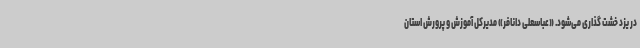
در یزد خشت گذاری می‌شود. «عباسعلی دانافر» مدیرکل آموزش و پرورش استان